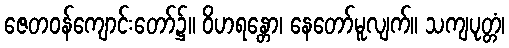
ဇေတဝန်ကျောင်းတော်၌။ ဝိဟရန္တော၊ နေတော်မူလျက်။ သကျပုတ္တံ၊